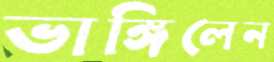
ভাঙ্গিলেন